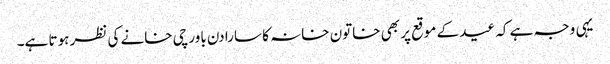
یہی وجہ ہے کہ عید کے موقع پر بھی خاتون خانہ کا سارا دن باورچی خانے کی نظر ہوتا ہے۔